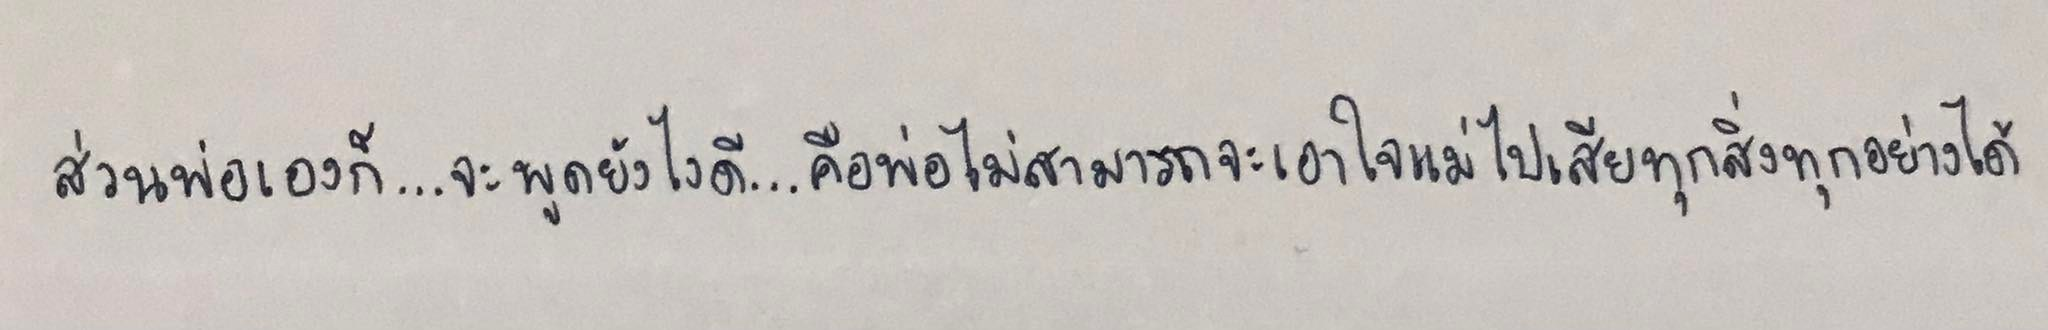
ส่วนพ่อเองก็...จะพูดยังไงดี...คือพ่อไม่สามารถจะเอาใจแม่ไปเสียทุกสิ่งทุกอย่างได้